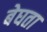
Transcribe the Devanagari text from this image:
बेघता